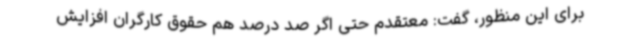
برای این منظور، گفت: معتقدم حتی اگر صد درصد هم حقوق کارگران افزایش